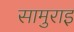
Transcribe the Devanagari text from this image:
सामुराइ